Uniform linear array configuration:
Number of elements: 64
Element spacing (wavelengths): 0.25
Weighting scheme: uniform
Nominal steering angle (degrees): -15
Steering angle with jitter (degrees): -13.989
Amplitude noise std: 0.05
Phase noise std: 0.05

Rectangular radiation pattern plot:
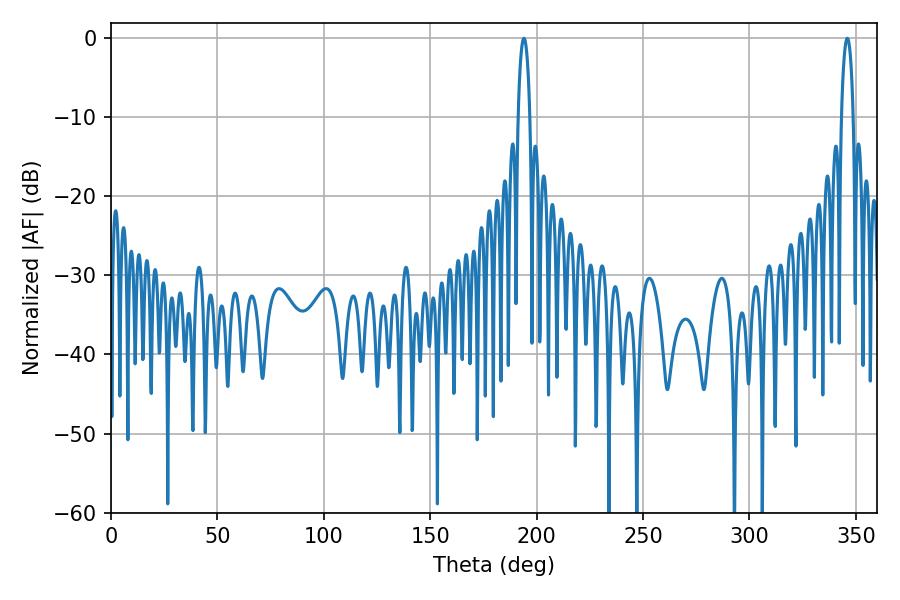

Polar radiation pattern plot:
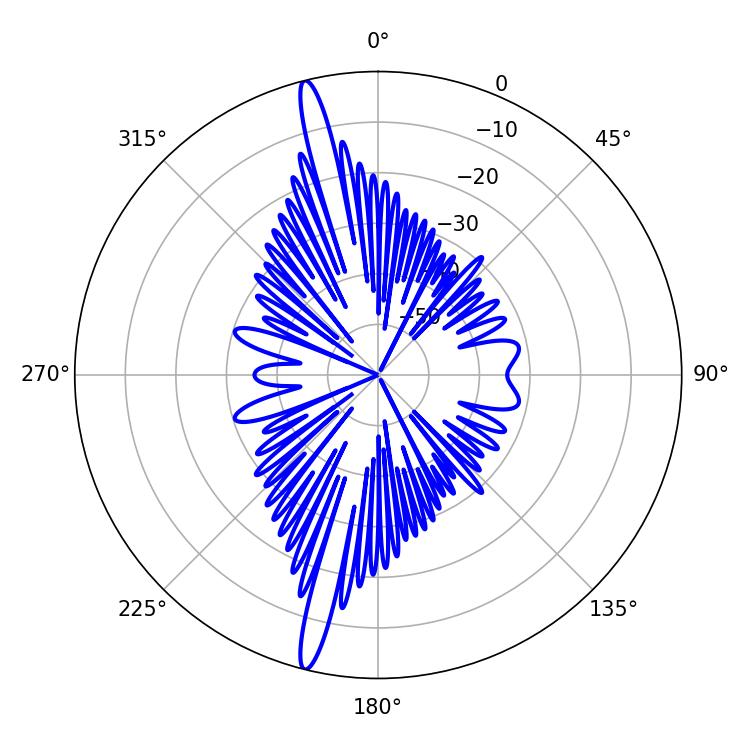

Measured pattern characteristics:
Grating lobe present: FALSE
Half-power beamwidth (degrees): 3.24
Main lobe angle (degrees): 345.96